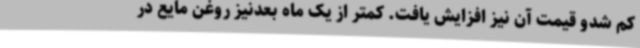
کم شدو قیمت آن نیز افزایش یافت. کمتر از یک ماه بعدنیز روغن مایع در